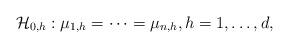
LaTeX: \begin{align*}\mathcal{H}_{0,h}: \mu_{1,h} = \cdots= \mu_{n,h},h = 1,\ldots,d,\end{align*}